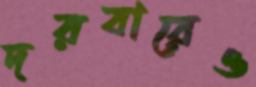
দরবারেও